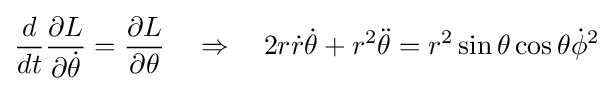
{\frac {d}{dt}}{\frac {\partial L}{\partial {\dot {\theta }}}}={\frac {\partial L}{\partial \theta }}\quad \Rightarrow \quad 2r{\dot {r}}{\dot {\theta }}+r^{2}{\ddot {\theta }}=r^{2}\sin \theta \cos \theta {\dot {\phi }}^{2}